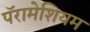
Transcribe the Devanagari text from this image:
पॅरामेशियम